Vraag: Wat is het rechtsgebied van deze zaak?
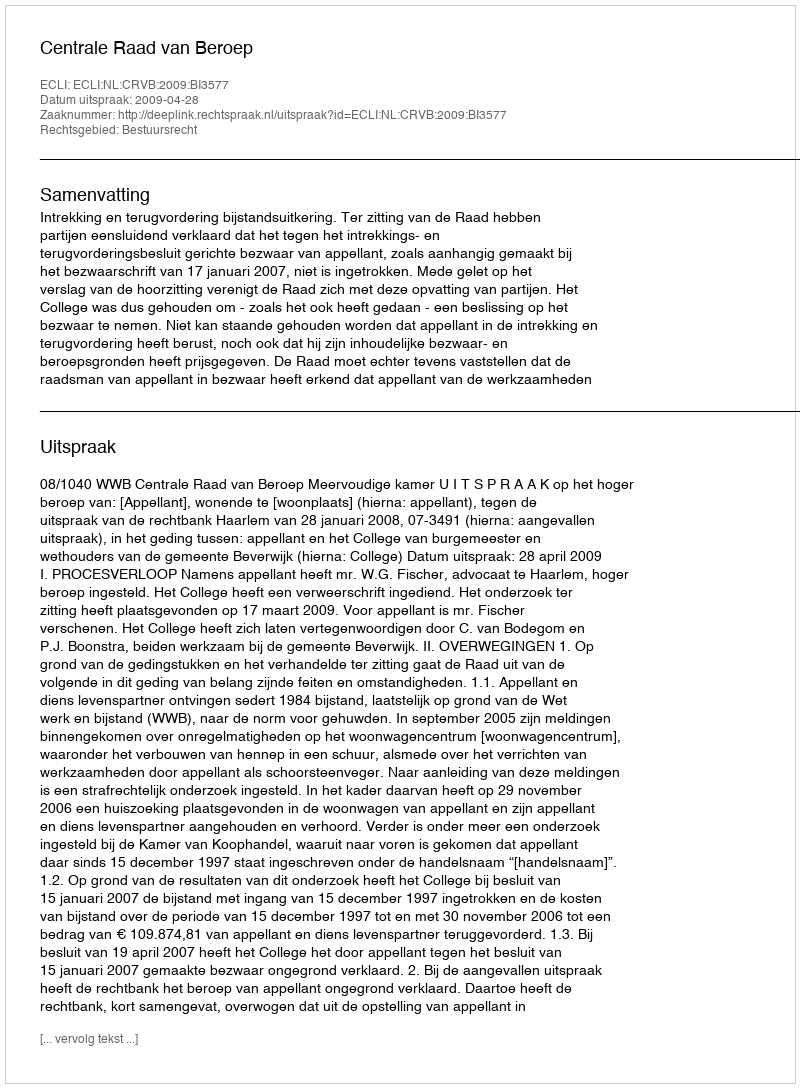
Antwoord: Bestuursrecht